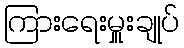
ကြားရေးမှူးချုပ်